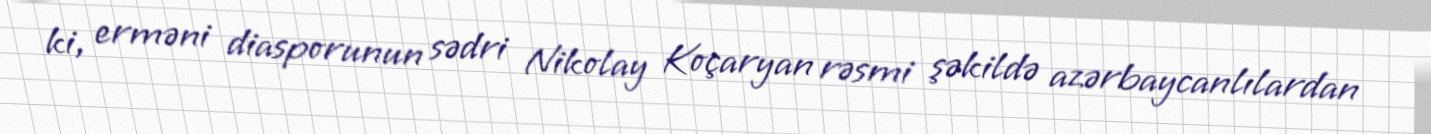
ki, erməni diasporunun sədri Nikolay Koçaryan rəsmi şəkildə azərbaycanlılardan